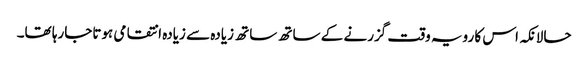
حالانکہ اس کا رویہ وقت گزرنے کے ساتھ ساتھ زیادہ سے زیادہ انتقامی ہوتاجارہا تھا۔